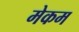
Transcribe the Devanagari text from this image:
मेकम